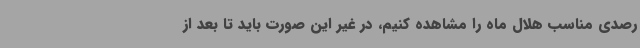
رصدی مناسب هلال ماه را مشاهده کنیم، در غیر این صورت باید تا بعد از